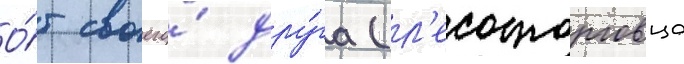
О́т своего́ дру́га (л'есоторговца